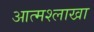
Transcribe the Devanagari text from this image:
आत्मश्लाखा